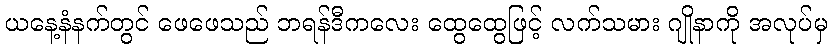
ယနေ့နံနက်တွင် ဖေဖေသည် ဘရန်ဒီကလေး ထွေထွေဖြင့် လက်သမား ဂျိုနာကို အလုပ်မှ